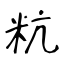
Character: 粇